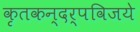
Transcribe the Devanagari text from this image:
कृतकन्दर्पविजये